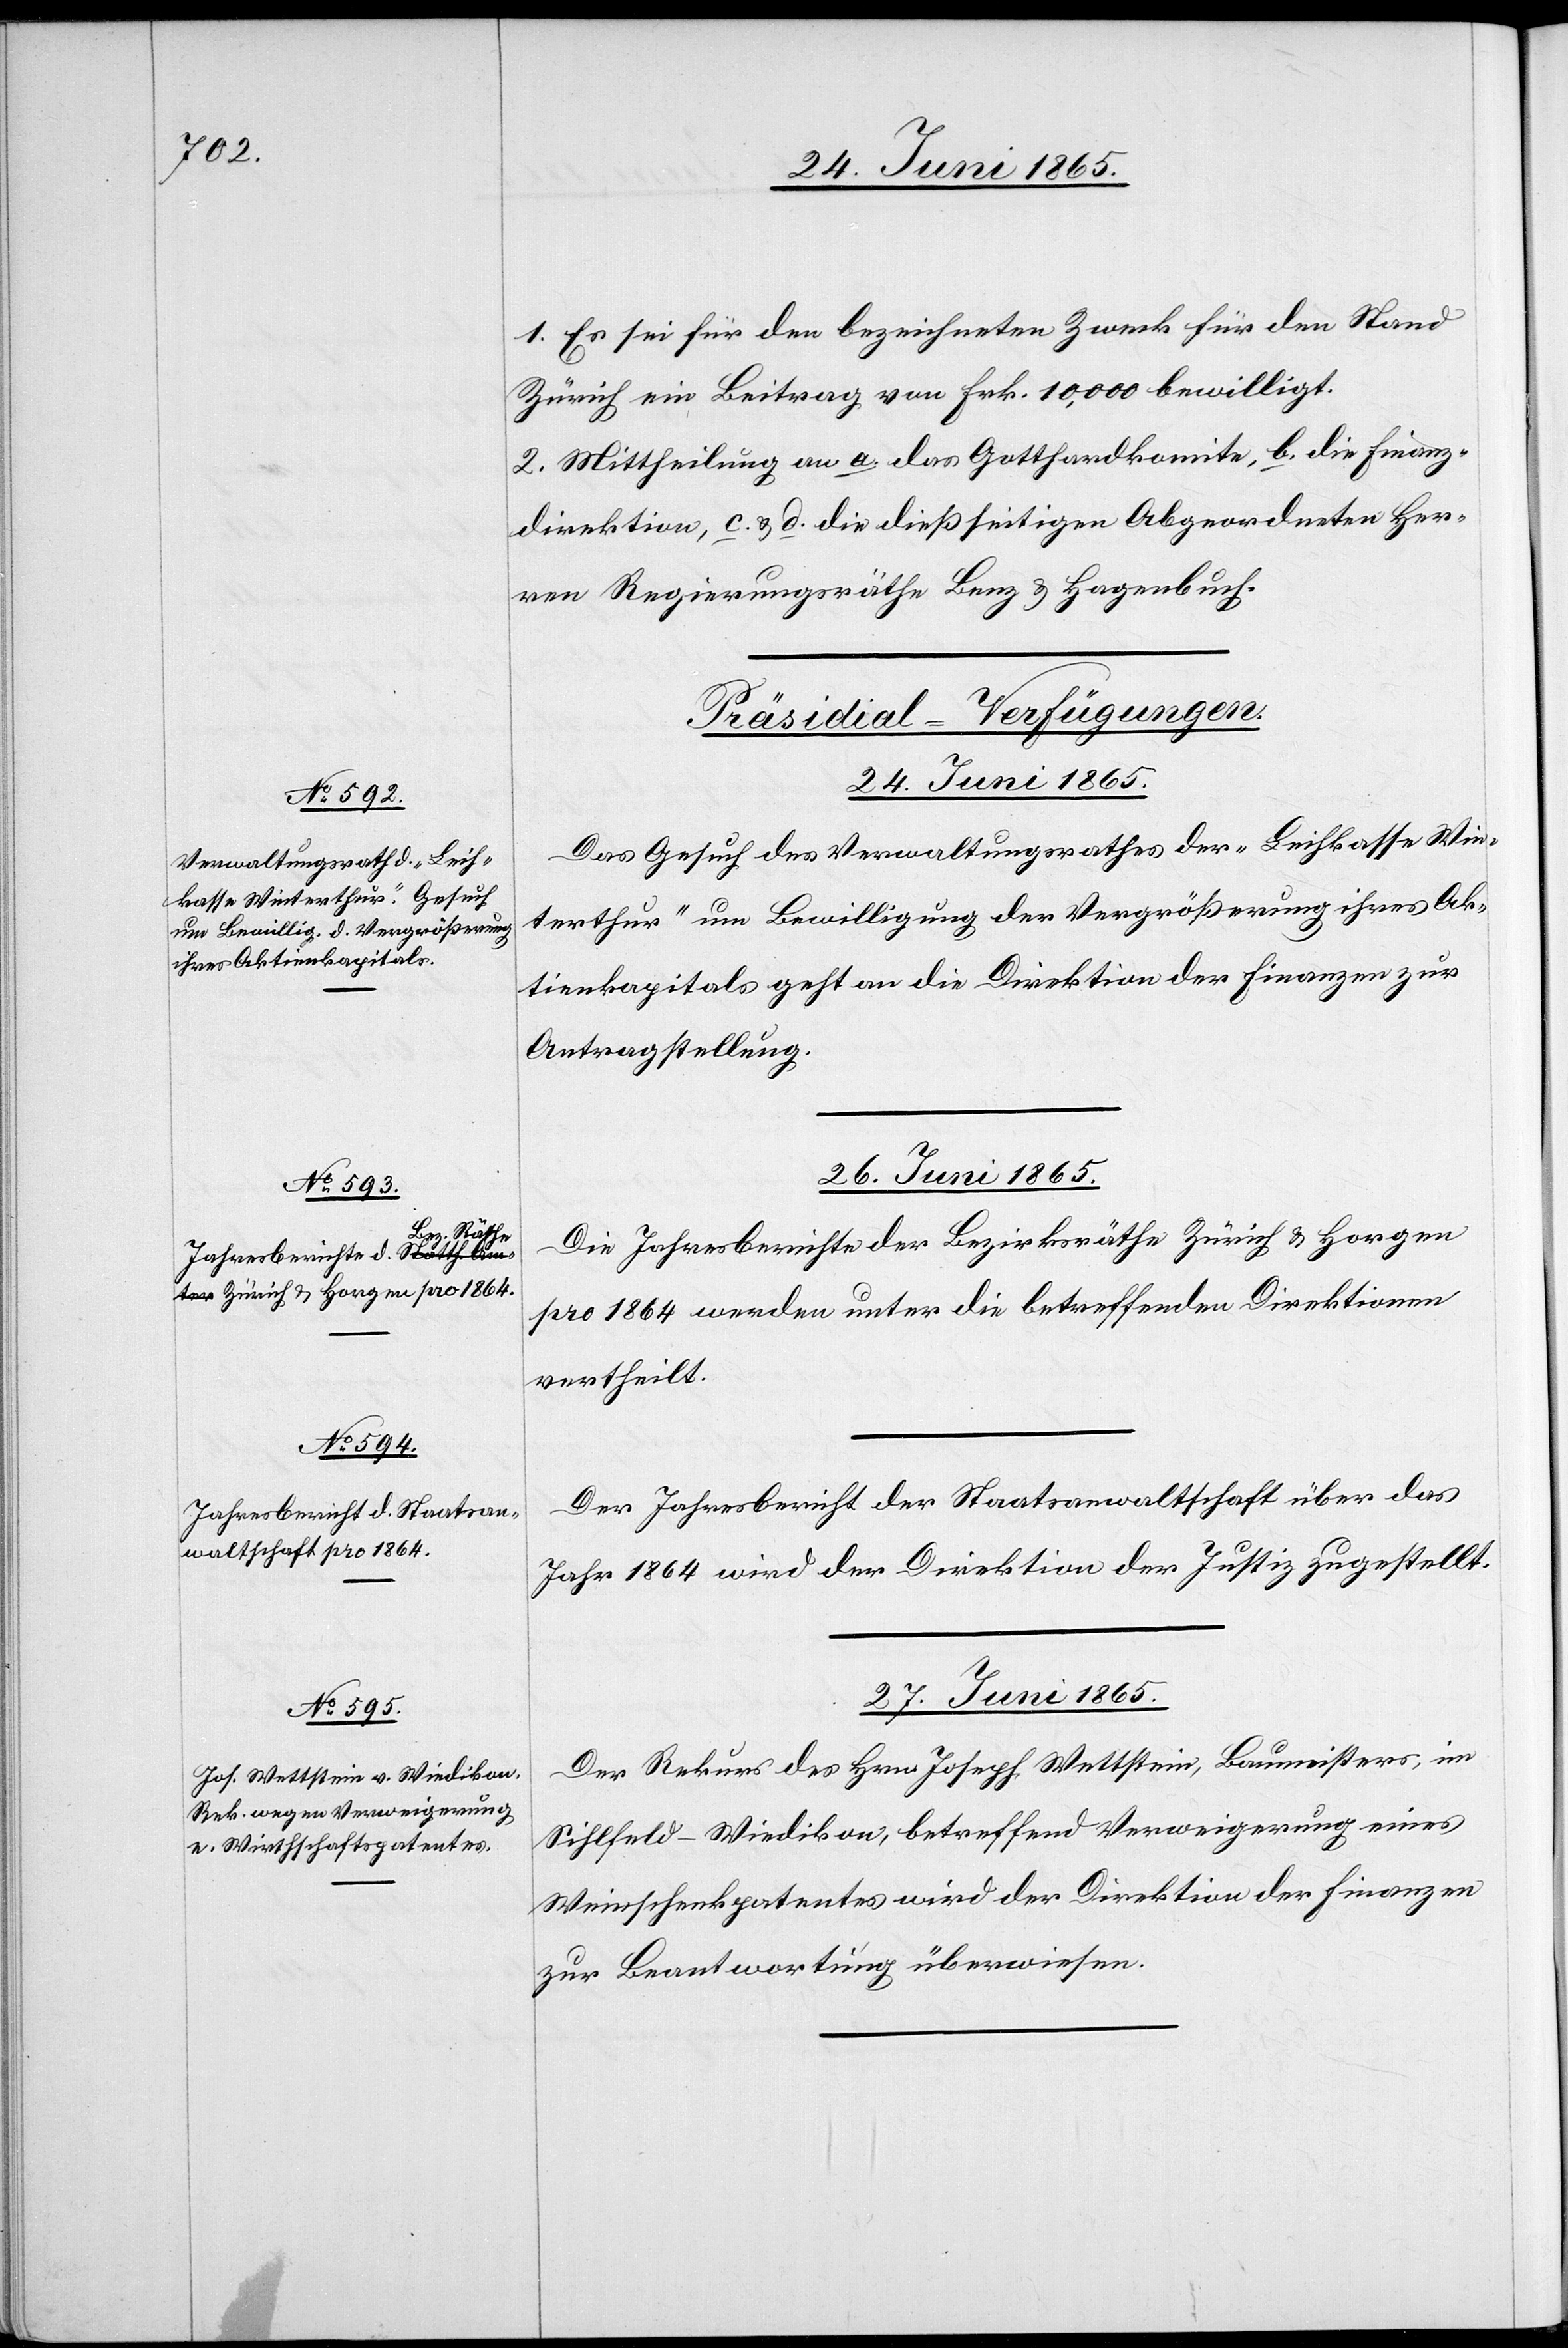
1. Es sei für den bezeichneten Zweck für den Stand
Zürich ein Beitrag von Frk. 10,000 bewilligt.
2. Mittheilung an a. das Gotthardkomite, b. die Finanz¬
direktion, c. & d. die dießseitigen Abgeordneten Her¬
ren Regierungsräthe Benz & Hagenbuch.
[Präsidial-Verfügungen.]
26. Juni 1865.]
Das Gesuch des Verwaltungsrathes der „Leihkasse Win¬
terthur“ um Bewilligung der Vergrößerung ihres Ak¬
tienkapitals geht an die Direktion der Finanzen zur
Antragstellung.
26. Juni 1865.
Die Jahresberichte der Bezirksräthe Zürich & Horgen
pro 1864 werden unter die betreffenden Direktionen
vertheilt.
Der Jahresbericht der Staatsanwaltschaft über das
Jahr 1864 wird der Direktion der Justiz zugestellt.
27. Juni 1865.
Der Rekurs des Hrn. Joseph Wettstein, Baumeisters, im
Sihlfeld-Wiedikon, betreffend Verweigerung eines
Weinschenkpatentes wird der Direktion der Finanzen
zur Beantwortung überwiesen.